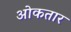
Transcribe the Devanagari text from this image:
ओकतार